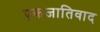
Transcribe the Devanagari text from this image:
एकजातिवाद